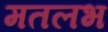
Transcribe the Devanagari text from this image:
मतलभ